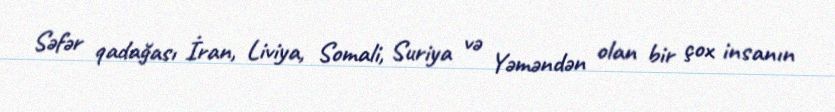
Səfər qadağası İran, Liviya, Somali, Suriya və Yəməndən olan bir çox insanın